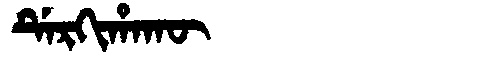
Manchu: ᡩᡝᡵᡴᡳᡥᠠᡴᡡ
Romanization: DERKIHAKŪ